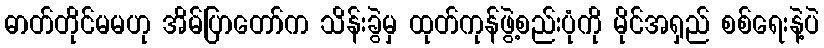
ဓာတ်တိုင်မမဟု အိမ်ပြာတော်က သိန်းခွဲမှ ထုတ်ကုန်ဖွဲ့စည်းပုံကို မိုင်အရှည် စစ်ရေးနဲ့ပဲ